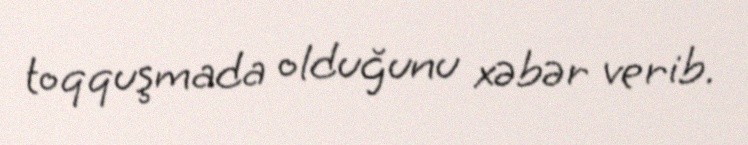
toqquşmada olduğunu xəbər verib.